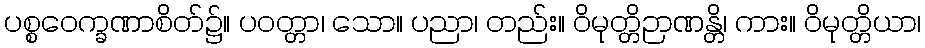
ပစ္စဝေက္ခဏာစိတ်၌။ ပဝတ္တာ၊ သော။ ပညာ၊ တည်း။ ဝိမုတ္တိဉာဏန္တိ၊ ကား။ ဝိမုတ္တိယာ၊